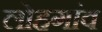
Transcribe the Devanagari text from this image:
लोहगांव